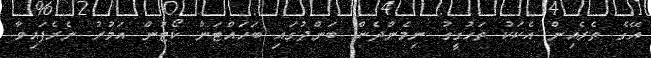
އޭގެ ތެރެއިން އެކަކު ތަހުގީގު ނިމެންދެން ބަންދުގައި ބަހައްޓަން ކޯޓުން އަމުރު ނެރެފައިވާ